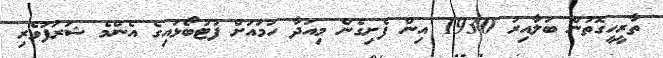
ތާރީހީގޮތުން ބަލާއިރު 1930 އިން ފެށިގެން މިއަދާ ހަމައަށް ފުޓުބޯޅައިގެ އެންމެ ޝަރަފުވެރި